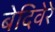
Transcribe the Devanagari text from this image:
बेदिवेरे